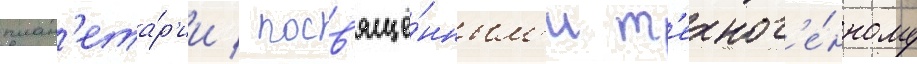
план'ета́р'ии / посв'ящё́нным'и т'ехног'е́нному